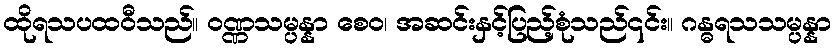
ထိုရသပထဝီသည်။ ဝဏ္ဏသမ္ပန္နာ စေဝ၊ အဆင်းနှင့်ပြည့်စုံသည်၎င်း။ ဂန္ဓရသသမ္ပန္နာ